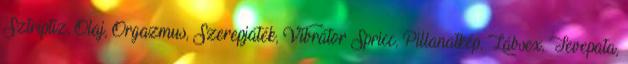
Sztriptíz, Olaj, Orgazmus, Szerepjáték, Vibrátor Spricc, Pillanatkép, Lábsex, Tevepata,